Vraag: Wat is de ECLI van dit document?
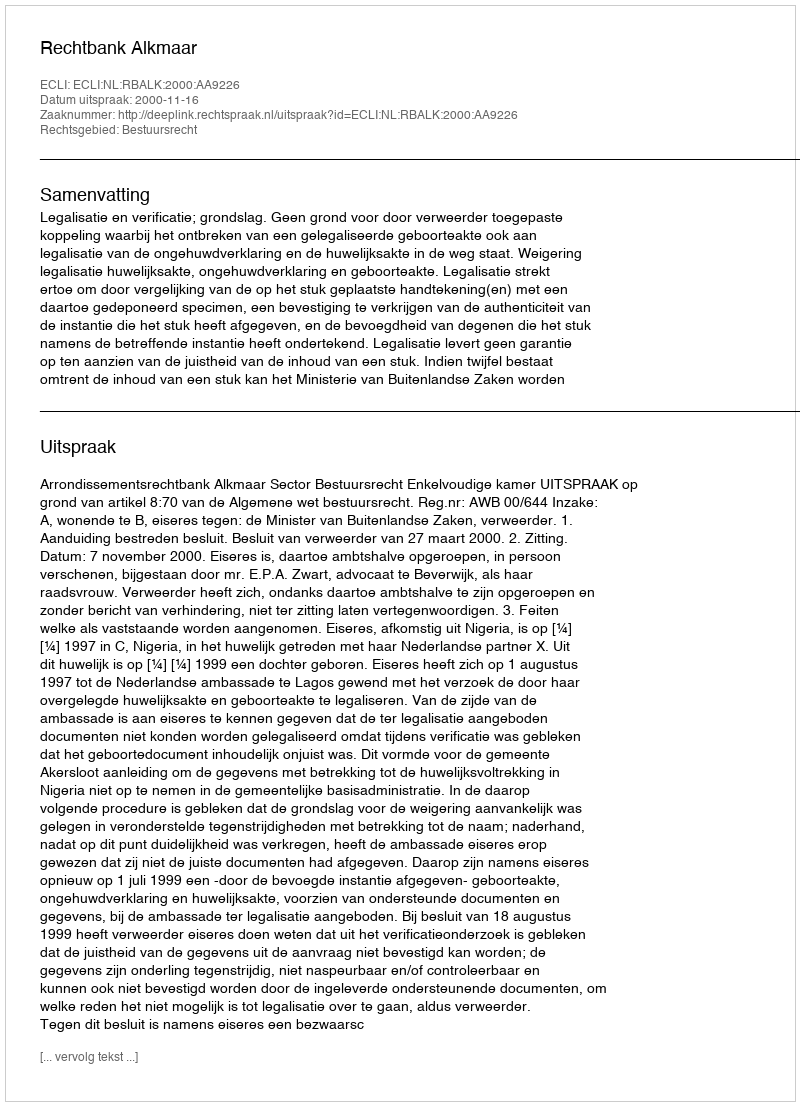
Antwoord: ECLI:NL:RBALK:2000:AA9226